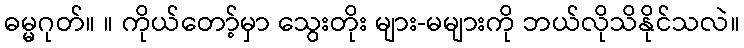
ဓမ္မဂုတ်။ ။ ကိုယ်တော့်မှာ သွေးတိုး များ-မများကို ဘယ်လိုသိနိုင်သလဲ။